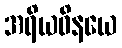
အရိယဝိနယေ